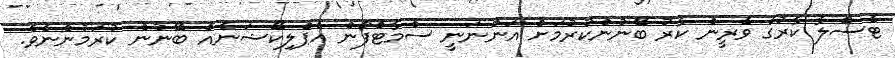
ޓެސްލާ ކާރުގެ ވެރީން ކާރު ބޭނުންކުރުމަށް އަންނަނީ ސްމާޓްފޯން އެޕްލިކޭޝަނެއް ބޭނުން ކުރަމުންނެވެ.